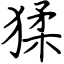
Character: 猱